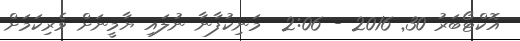
އޮކްޓޯބަރު 30